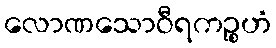
လောဏသောဝီရကဉ္စဟံ